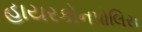
હાયરકોનપોલિસ